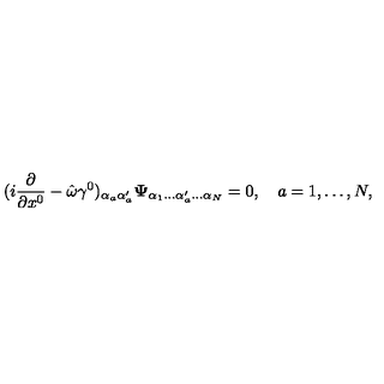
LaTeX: ( i { \frac { \partial } { \partial x ^ { 0 } } } - \hat { \omega } \gamma ^ { 0 } ) _ { \alpha _ { a } \alpha _ { a } ^ { \prime } } { \bf \Psi } _ { \alpha _ { 1 } \ldots \alpha _ { a } ^ { \prime } \ldots \alpha _ { N } } = 0 , \quad a = 1 , \ldots , N ,